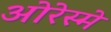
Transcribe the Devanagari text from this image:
ओरेस्मे